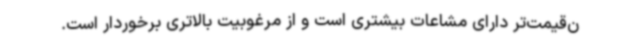
ن‌قیمت‌تر دارای مشاعات بیشتری است و از مرغوبیت بالاتری برخوردار است.